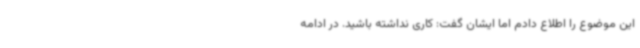
این موضوع را اطلاع دادم اما ایشان گفت: کاری نداشته باشید. در ادامه